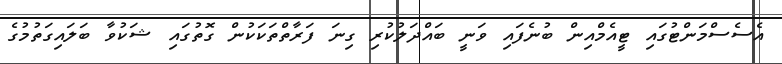
އެސެސްމަންޓުގައި ޓީއެމްއިން ބުނެފައި ވަނީ ބައްދަލުކުރި ގިނަ ފަރާތްތަކަކުން ގޮތުގައި ޝަކުވާ ބަލައިގަތުމުގެ